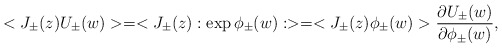
\begin{align*} <J_{\pm}(z)U_{\pm}(w)> = <J_{\pm}(z):\exp\phi _{\pm}(w):> = <J_{\pm}(z)\phi _{\pm}(w)>\frac{\partial U_{\pm}(w)}{\partial \phi _{\pm}(w)},\end{align*}